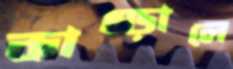
কাম্‌ড়ালে